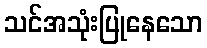
သင်အသုံးပြုနေသော